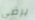
يرضي